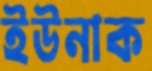
ইউনাক